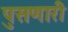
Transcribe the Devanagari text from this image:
पुसणारी